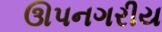
ઊપનગરીય